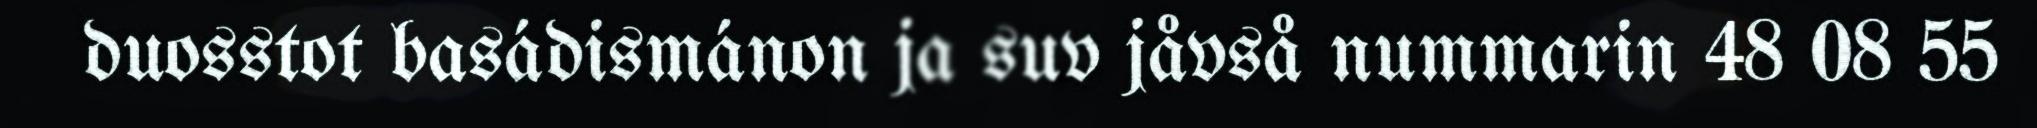
duosstot basádismánon ja suv jåvså nummarin 48 08 55